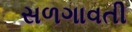
સળગાવતી